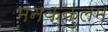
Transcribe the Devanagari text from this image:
मनक्कुलम